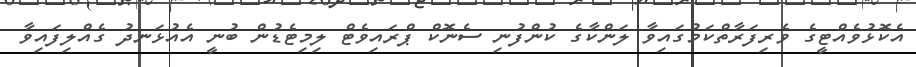
އެކޮޅުވެއްޓީގެ ވެރިފަރާތްކަމުގައިވާ ލަންކާގެ ކުންފުނި ސެނޮކް ޕްރައިވެޓް ލިމިޓެޑުން ބުނީ އެއުޅަނދު ގެއްލިފައިވާ